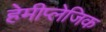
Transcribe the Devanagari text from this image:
हेमीप्लेजिक